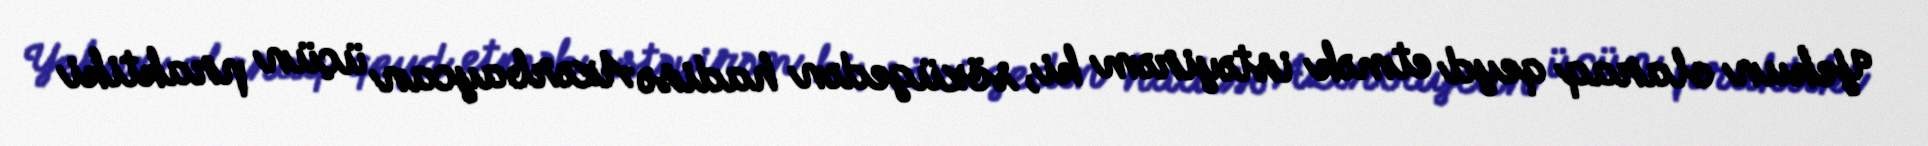
Yekun olaraq qeyd etmək istəyirəm ki, sözügedən hadisə Azərbaycan üçün praktiki